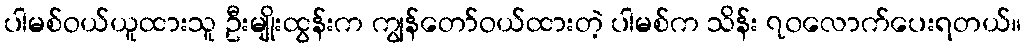
ပါမစ်ဝယ်ယူထားသူ ဦးမျိုးထွန်းက ကျွန်တော်ဝယ်ထားတဲ့ ပါမစ်က သိန်း ၇၀လောက်ပေးရတယ်။